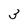
Character: 3